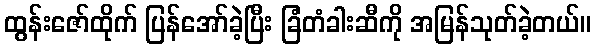
ထွန်းဇော်ထိုက် ပြန်အော်ခဲ့ပြီး ခြံတံခါးဆီကို အမြန်သုတ်ခဲ့တယ်။